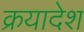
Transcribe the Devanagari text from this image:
क्रयादेश